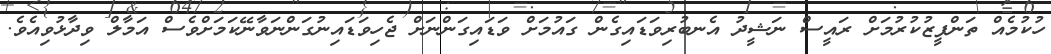
ހުކުމެއް ތަންފީޒުކުރުމަށް ރައީސް ނަޝީދު އެނބުރިވަޑައިގެން ގައުމަށް ވަޑައިގަންނަށް ޖެހިވަޑައިނުގަންނަވާނޭކަމަށްވެސް އަމާލް ވިދާޅުވިއެވެ.